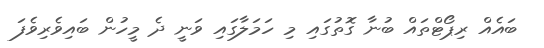
ބައެއް ރިޕޯޓްތައް ބުނާ ގޮތުގައި މި ހަމަލާގައި ވަނީ ދެ މީހުން ބައިވެރިވެފަ